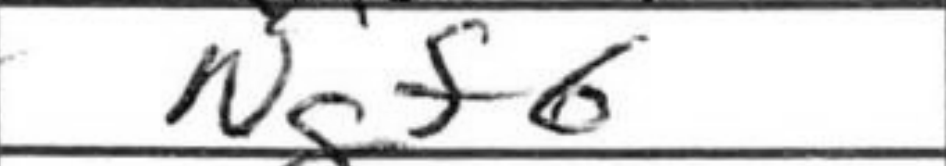
Transcription: Ngf6